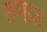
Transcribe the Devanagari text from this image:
तमात